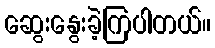
ဆွေးနွေးခဲ့ကြပါတယ်။